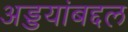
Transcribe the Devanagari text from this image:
अड्डयांबद्दल